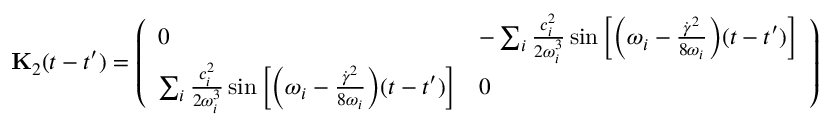
\mathbf { { K } } _ { 2 } ( t - t ^ { \prime } ) = \left( \begin{array} { l l } { 0 } & { - \sum _ { i } \frac { c _ { i } ^ { 2 } } { 2 \omega _ { i } ^ { 3 } } \sin \left[ \Bigl ( \omega _ { i } - \frac { \dot { \gamma } ^ { 2 } } { 8 \omega _ { i } } \Bigr ) ( t - t ^ { \prime } ) \right] } \\ { \sum _ { i } \frac { c _ { i } ^ { 2 } } { 2 \omega _ { i } ^ { 3 } } \sin \left[ \Bigl ( \omega _ { i } - \frac { \dot { \gamma } ^ { 2 } } { 8 \omega _ { i } } \Bigr ) ( t - t ^ { \prime } ) \right] } & { 0 } \end{array} \right)